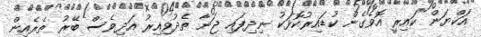
އަކްޔަން ކައިރީ އޮވެގެން ކުޑައިރުކޮޅަކު ނިދިފައި ޖަނާ ތެދުވިއިރު އަދިވެސް ބޭރު ތެރެއިން